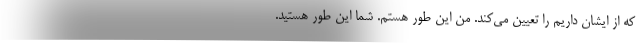
که از ایشان داریم را تعیین می‌کند. من این طور هستم. شما این طور هستید.